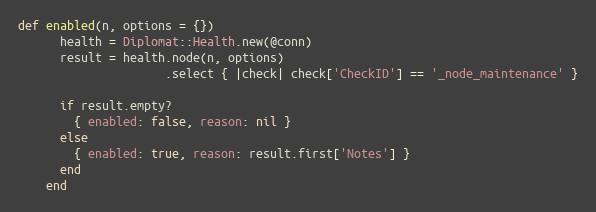
Language: Ruby
def enabled(n, options = {})
      health = Diplomat::Health.new(@conn)
      result = health.node(n, options)
                     .select { |check| check['CheckID'] == '_node_maintenance' }

      if result.empty?
        { enabled: false, reason: nil }
      else
        { enabled: true, reason: result.first['Notes'] }
      end
    end